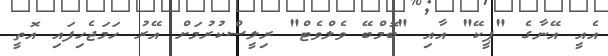
އެއީ އޭނާގެ "ޕީކޭ" އާއި "ބޮމްބޭ ވެލްވެޓް" ރިލީސްކުރުމަށް އޭރު ހަމަޖެހިފައި އޮތީ